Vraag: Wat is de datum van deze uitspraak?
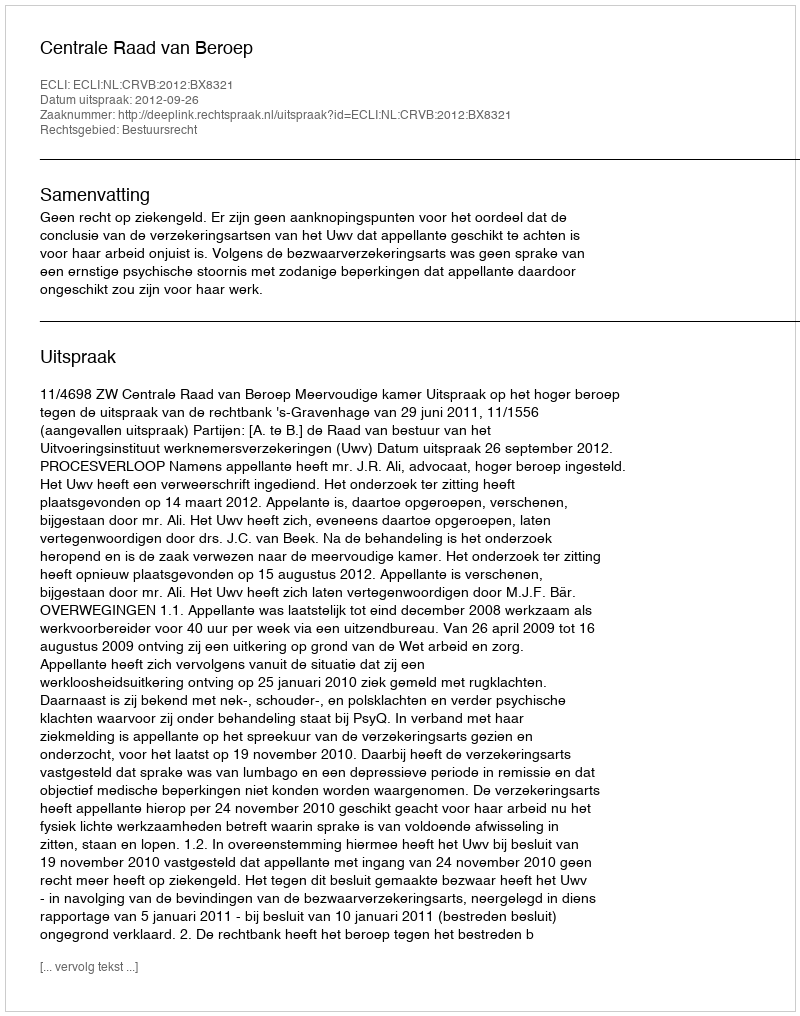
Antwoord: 2012-09-26